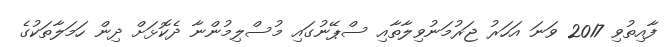
ފާއިތުވި 2017 ވަނަ އަހަރު ޖަރުމަނުވިލާތާއި ސްޕޭނުގައި މުސްލިމުންނާ ދެކޮޅަށް ދިން ހަމަލާތަކުގެ